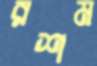
রশম